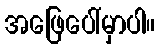
အဖြေပေါ်မှာပါ။